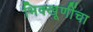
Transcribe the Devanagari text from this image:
भिक्खूणींचा